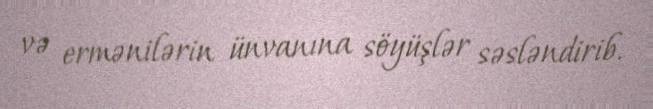
və ermənilərin ünvanına söyüşlər səsləndirib.